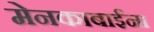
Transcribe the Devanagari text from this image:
मेनकाबाईंना